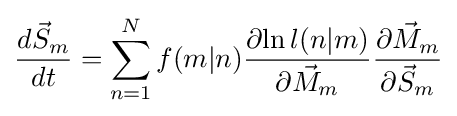
{\frac {d{\vec {S}}_{m}}{dt}}=\sum _{n=1}^{N}{f(m|n){\frac {\partial {\ln l(n|m)}}{\partial {{\vec {M}}_{m}}}}{\frac {\partial {{\vec {M}}_{m}}}{\partial {{\vec {S}}_{m}}}}}